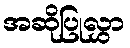
အဆိုပြုလွှာ